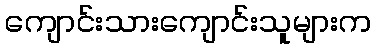
ကျောင်းသားကျောင်းသူများက